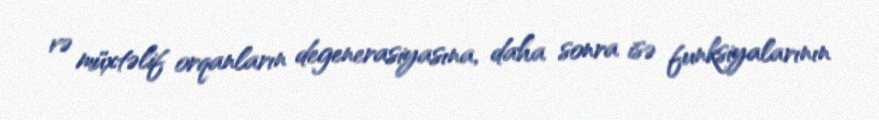
və müxtəlif orqanların degenerasiyasına, daha sonra isə funksiyalarının